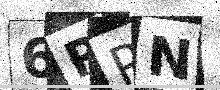
Text: 6PPN